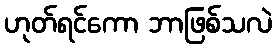
ဟုတ်ရင်ကော ဘာဖြစ်သလဲ